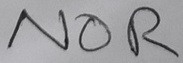
Text: NOR